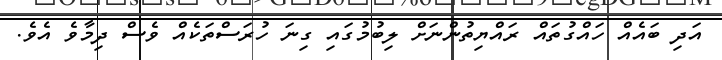
އަދި ބައެއް ހައްގުތައް ރައްޔިތުންނަށް ލިބުމުގައި ގިނަ ހުރަސްތަކެއް ވެސް ދިމާވެ އެވެ.